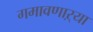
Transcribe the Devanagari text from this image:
गमावणाऱ्या